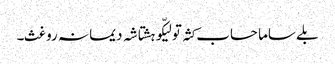
بلے ساما حساب کثہ تو لیکّو ہشتاشہ دیما نہ روغث۔